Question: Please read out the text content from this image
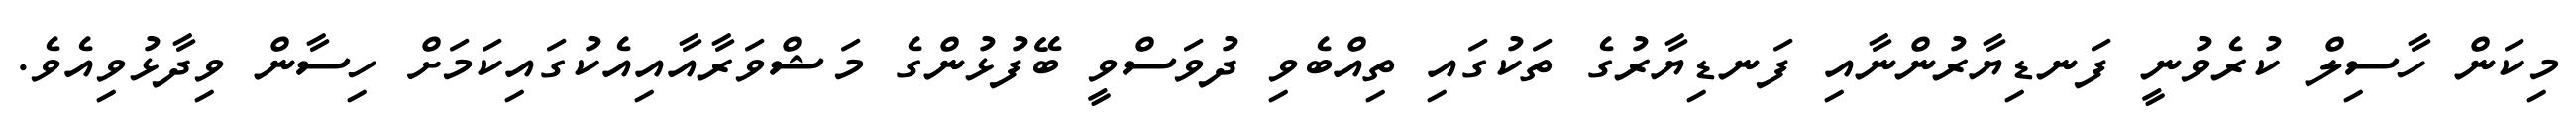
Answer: މިކަން ހާސިލް ކުރެވުނީ ފަނޑިޔާރުންނާއި ފަނޑިޔާރުގެ ތަކުގައި ތިއްބެވި ދުވަސްވީ ބޭފުޅުންގެ މަޝްވަރާއާއިއެކުގައިކަމަށް ހިސާން ވިދާޅުވިއެވެ.